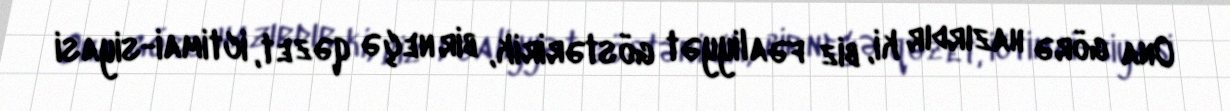
Ona görə hazırdır ki, biz fəaliyyət göstəririk, bir neçə qəzet, ictimai-siyasi